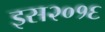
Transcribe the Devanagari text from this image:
इस२०१६